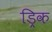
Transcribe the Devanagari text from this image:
ड्रिक